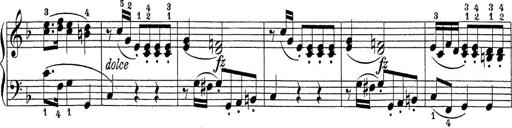
Title: Sonatina Album
Composer: Louis KÃ¶hler